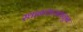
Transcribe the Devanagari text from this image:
स्थानकाजवळून